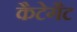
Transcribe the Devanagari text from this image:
कैटेगैट